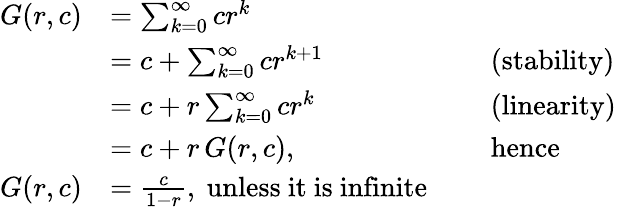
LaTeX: {\begin{array}{rlrl}{G(r,c)}&{=\sum_{k=0}^{\infty}cr^{k}}&&{}\\ &{=c+\sum_{k=0}^{\infty}cr^{k+1}}&&{{\mathrm{~(stability)~}}}\\ &{=c+r\sum_{k=0}^{\infty}cr^{k}}&&{{\mathrm{~(linearity)~}}}\\ &{=c+r\, G(r,c),}&&{{\mathrm{~hence~}}}\\ {G(r,c)}&{={\frac{c}{1-r}},{\mathrm{~unless~it~is~infinite}}}&&{}\end{array}}